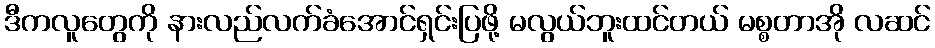
ဒီကလူတွေကို နားလည်လက်ခံအောင်ရှင်းပြဖို့ မလွယ်ဘူးထင်တယ် မစ္စတာအို လဆင်